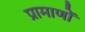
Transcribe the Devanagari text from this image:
प्रामाणों